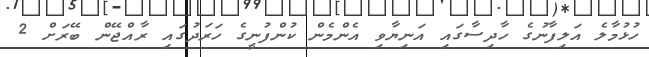
ހުޅުމާލެ އަލިފާނުގެ ހާދިސާގައި އަނިޔާވި އެންމެން ކުންފުނީގެ ހަރަދުގައި ރާއްޖޭން ބޭރަށް 2